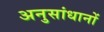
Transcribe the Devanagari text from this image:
अनुसांधानों